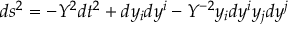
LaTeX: d s ^ { 2 } = - Y ^ { 2 } d t ^ { 2 } + d y _ { i } d y ^ { i } - Y ^ { - 2 } y _ { i } d y ^ { i } y _ { j } d y ^ { j }